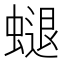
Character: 螁